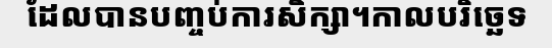
ដែលបានបញ្ចប់ការសិក្សា។កាលបរិច្ឆេទ